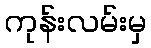
ကုန်းလမ်းမှ